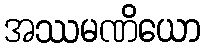
အဿမဏိယော